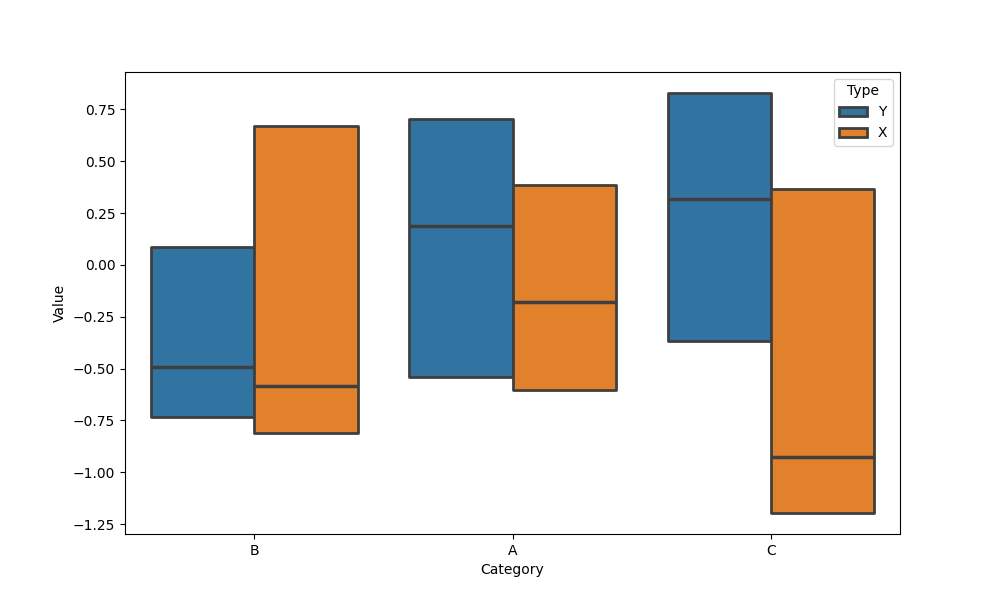
python, seaborn, boxenplot, k_depth='tukey', linewidth=2, scale='linear', outlier_prop=0.2, showfliers=False